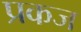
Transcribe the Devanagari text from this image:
प्रकज